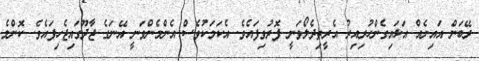
ރޭބަން އައިނެއް އަޅައިގެންހުރިއިރު އެރީތިދެލޯވަނީ ފޮރުވިފައެވެ. އެކަމަކުވެސް އެންމެންވަނީ އޭނަގެ ޖާދޫގައިޖެހިފައެވެ. ކޮންމެ